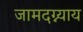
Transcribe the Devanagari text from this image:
जामदग्न्याय